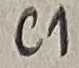
Text: C1